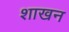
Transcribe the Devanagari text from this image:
शाखन